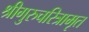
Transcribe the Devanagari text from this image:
श्रीगुरुचरित्रामृत